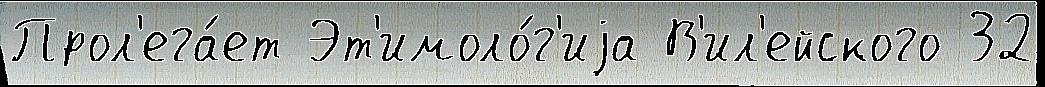
Прол'ега́ет Эт'имоло́г'иjа В'ил'ейского 32